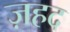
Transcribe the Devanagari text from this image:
ज़हद